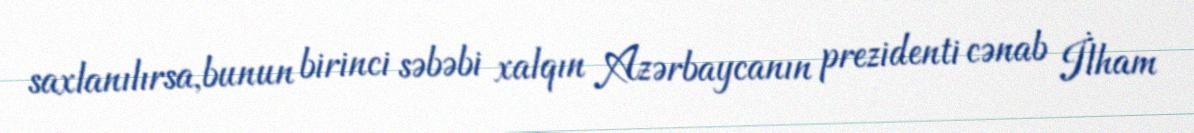
saxlanılırsa,bunun birinci səbəbi xalqın Azərbaycanın prezidenti cənab İlham